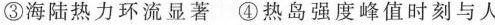
③海陆热力环流显著④热岛强度峰值时刻与人